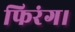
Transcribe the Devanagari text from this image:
फिरंग।